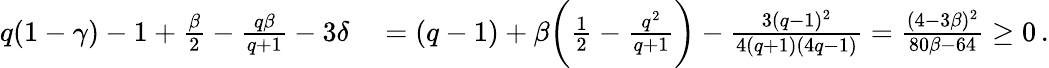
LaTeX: \begin{array}{rl}{q(1-\gamma)-1+\frac{\beta}{2}-\frac{q\beta}{q+1}-3\delta}&{{}=(q-1)+\beta\biggl(\frac 12-\frac{q^{2}}{q+1}\biggr)-\frac{3(q-1)^{2}}{4(q+1)(4q-1)}=\frac{(4-3\beta)^{2}}{80\beta-64}\geq 0\, .}\end{array}